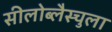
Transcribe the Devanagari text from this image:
सीलोब्लैस्चुला